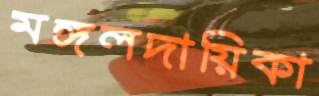
মঙ্গলদায়িকা